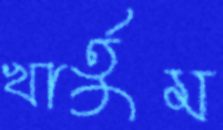
খার্তুম